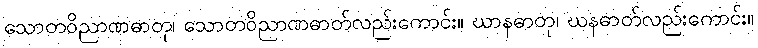
သောတဝိညာဏဓာတု၊ သောတဝိညာဏဓာတ်လည်းကောင်း။ ဃာနဓာတု၊ ဃနဓာတ်လည်းကောင်း။